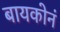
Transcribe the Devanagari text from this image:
बायकोनं